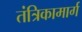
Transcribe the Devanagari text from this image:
तंत्रिकामार्ग